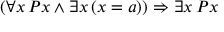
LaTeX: ( \forall x \, P x \land \exists x \, ( x = a ) ) \Rightarrow \exists x \, P x